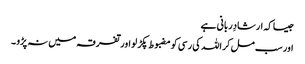
جیسا کہ ارشادِربانی ہے
اور سب مل کر اللہ کی رسی کو مضبوط پکڑ لو اور تفرقہ میں نہ پڑو ۔